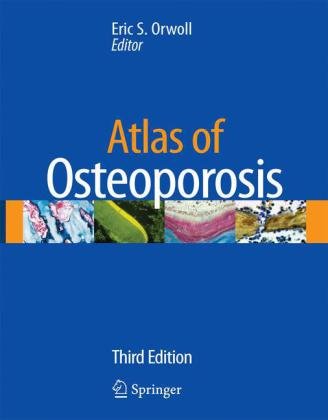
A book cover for Atlas of Osteoporosis; Health, Fitness & Dieting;